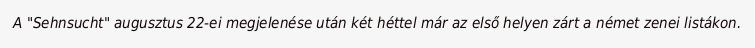
A "Sehnsucht" augusztus 22-ei megjelenése után két héttel már az első helyen zárt a német zenei listákon.